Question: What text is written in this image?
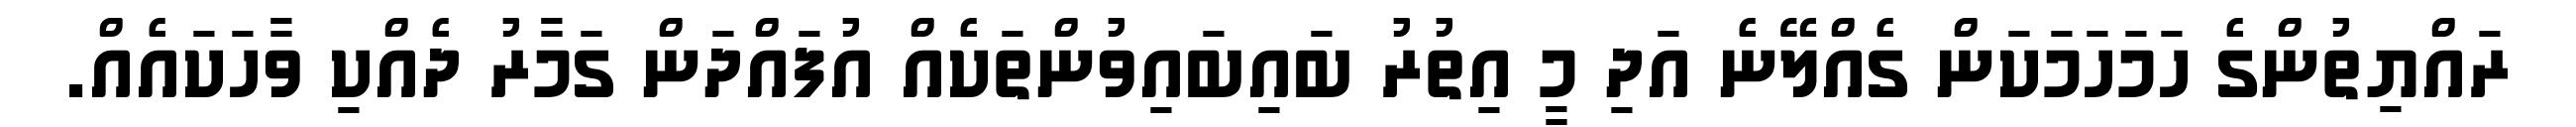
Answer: ރައްޔިތުންގެ ހަމަހަމަކަން ގެއްލޭނެ އަދި މީ އިތުރު ބައިބައިވުންތަކެއް އުފައްދަން ގަމާރު ދެއްކި ވާހަކައެއް.